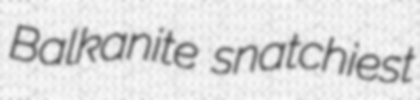
Balkanite snatchiest